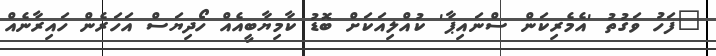
"ފަހު ވަގުތު 'އެމެރިކަން ސްނައިޕާ' ކުއްލިއަކަށް ބޮޑު ކާމިޔާބީއެއް ހޯދިޔަސް އަހަރެން ހައިރާނެއް